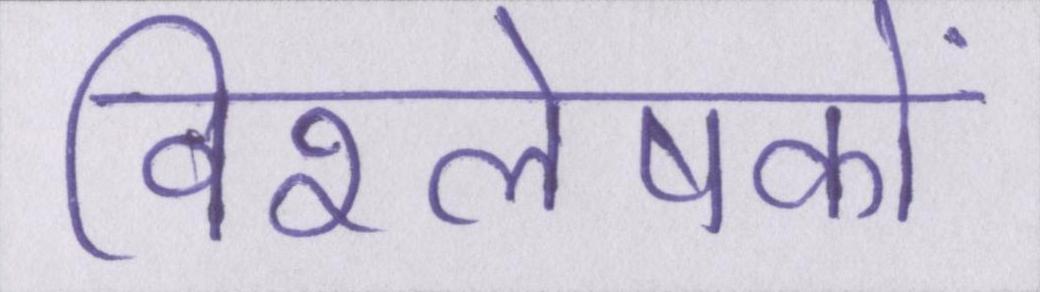
विश्लेषकों